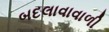
બદલાવાવાળી